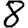
Digit: 8